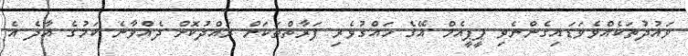
ވައުދުތަކެއްވެވަޑައިގެންނެވި ޕީޕީއެމް އޭގެ ހައްގުވެރި ފަރާތްތަކަށް ރައްދުކޮށް ދެއްވާނެ ކަމުގެ އާދެ އެ